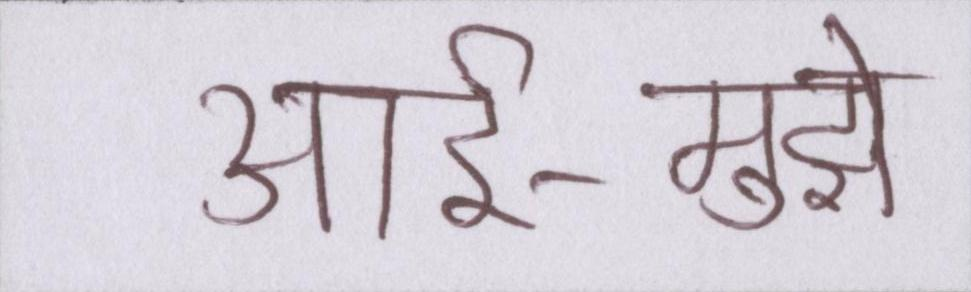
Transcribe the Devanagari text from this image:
आर्इ-मुझे